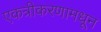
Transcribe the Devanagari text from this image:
एकत्रीकरणामधून